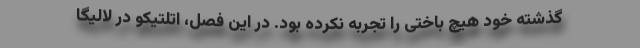
گذشته خود هیچ باختی را تجربه نکرده بود. در این فصل، اتلتیکو در لالیگا